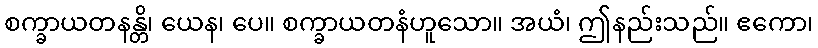
စက္ခာယတနန္တိ၊ ယေန၊ ပေ။ စက္ခာယတနံဟူသော။ အယံ၊ ဤနည်းသည်။ ဧကော၊